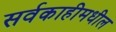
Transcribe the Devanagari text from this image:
सर्वकाहीमधील